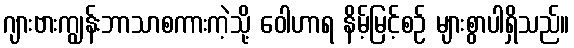
ဂျားဗားကျွန်းဘာသာစကားကဲ့သို့ ဝေါဟာရ နိမ့်မြင့်စဉ် များစွာပါရှိသည်။